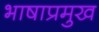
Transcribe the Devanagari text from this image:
भाषाप्रमुख